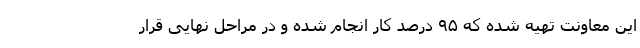
این معاونت تهیه شده که ۹۵ درصد کار انجام شده و در مراحل نهایی قرار